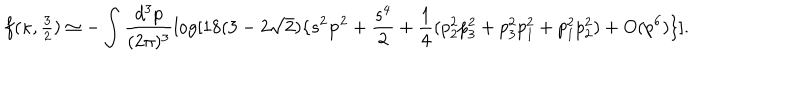
LaTeX: f ( \kappa , { \textstyle \frac { 3 } { 2 } } ) \simeq - \int \frac { d ^ { 3 } p } { ( 2 \pi ) ^ { 3 } } \log [ 1 8 ( 3 - 2 \sqrt { 2 } ) \{ s ^ { 2 } { \bf p } ^ { 2 } + \frac { s ^ { 4 } } { 2 } + \frac { 1 } { 4 } ( p _ { 2 } ^ { 2 } p _ { 3 } ^ { 2 } + p _ { 3 } ^ { 2 } p _ { 1 } ^ { 2 } + p _ { 1 } ^ { 2 } p _ { 2 } ^ { 2 } ) + O ( p ^ { 6 } ) \} ] .